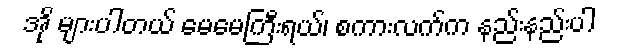
အို များပါတယ် မေမေကြီးရယ်၊ စကားလက်က နည်းနည်းပါ